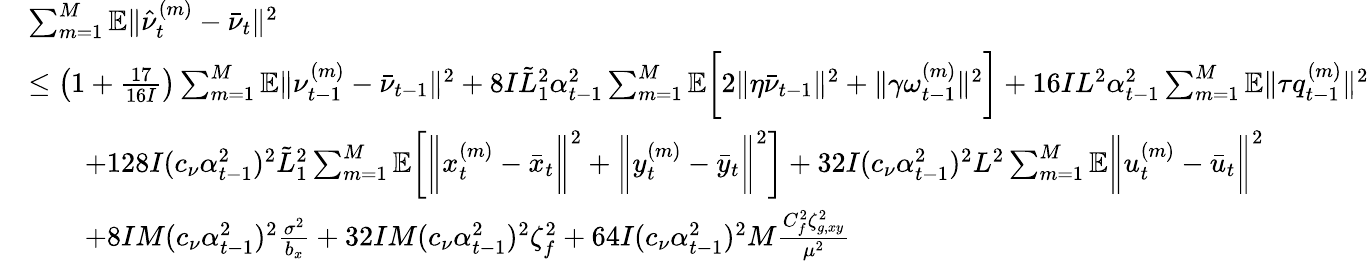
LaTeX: \begin{array}{rl}&{\sum_{m=1}^{M}\mathbb{E}\| \hat{\nu}_{t}^{(m)}-\bar{\nu}_{t}\| ^{2}}\\ &{\leq\left(1+\frac{17}{16I}\right)\sum_{m=1}^{M}\mathbb{E}\| \nu_{t-1}^{(m)}-\bar{\nu}_{t-1}\| ^{2}+8I\tilde{L}_{1}^{2}\alpha_{t-1}^{2}\sum_{m=1}^{M}\mathbb{E}\bigg[2\| \eta\bar{\nu}_{t-1}\| ^{2}+\| \gamma\omega_{t-1}^{(m)}\| ^{2}\bigg]+16IL^{2}\alpha_{t-1}^{2}\sum_{m=1}^{M}\mathbb{E}\| \tau q_{t-1}^{(m)}\| ^{2}}\\ &{\qquad+128I(c_{\nu}\alpha_{t-1}^{2})^{2}\tilde{L}_{1}^{2}\sum_{m=1}^{M}\mathbb{E}\bigg[\bigg\| x_{t}^{(m)}-\bar{x}_{t}\bigg\| ^{2}+\bigg\| y_{t}^{(m)}-\bar{y}_{t}\bigg\| ^{2}\bigg]+32I(c_{\nu}\alpha_{t-1}^{2})^{2}L^{2}\sum_{m=1}^{M}\mathbb{E}\bigg\| u_{t}^{(m)}-\bar{u}_{t}\bigg\| ^{2}}\\ &{\qquad+8IM(c_{\nu}\alpha_{t-1}^{2})^{2}\frac{\sigma^{2}}{b_{x}}+32IM(c_{\nu}\alpha_{t-1}^{2})^{2}\zeta_{f}^{2}+64I(c_{\nu}\alpha_{t-1}^{2})^{2}M\frac{C_{f}^{2}\zeta_{g,xy}^{2}}{\mu^{2}}}\end{array}